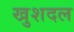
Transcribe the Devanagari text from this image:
खुशदल